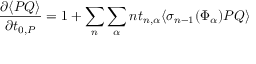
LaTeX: \frac { \partial \langle P Q \rangle } { \partial t _ { 0 , P } } = 1 + \sum _ { n } \sum _ { \alpha } n t _ { n , \alpha } \langle \sigma _ { n - 1 } ( \Phi _ { \alpha } ) P Q \rangle